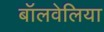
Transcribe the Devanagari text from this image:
बॉलवेलिया